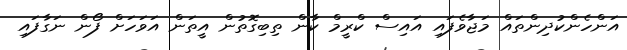
އަންހެންކުދިންތައް މަޖާވެފައި އައިސް ކްރީމް ކާން ތިބިގޮތުން އީތަން އަވަހަށް ފޯން ނަގާފައި